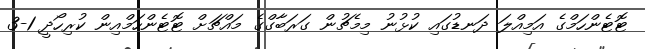
ޓޮޓެންހަމްގެ އަމިއްލަ ދަނޑުގައި ކުޅުނު މިމެޗުން ގަރަބާގްގެ މައްޗަށް ޓޮޓެންހަމްއިން ކުރިހޯދީ 1-3